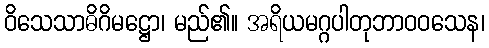
ဝိသေသာဓိဂိမဋ္ဌော၊ မည်၏။ အရိယမဂ္ဂပါတုဘာဝဝသေန၊